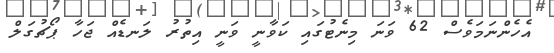
އެހެންނަމަވެސް 62 ވަނަ މިނެޓުގައި ކަވާނީ ވަނީ އިތުރު ލަނޑެއް ޖަަހާ ޕޯޗުގަލް